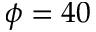
\phi = 4 0